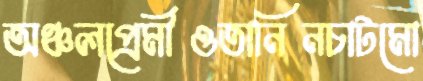
অঞ্চলপ্রেমীওতানিনচাটমো